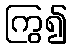
ကြွ၍